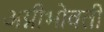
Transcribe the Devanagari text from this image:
अग्नीभोवती